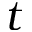
t